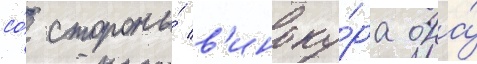
со́ стороны́ в'иноку́ра она́